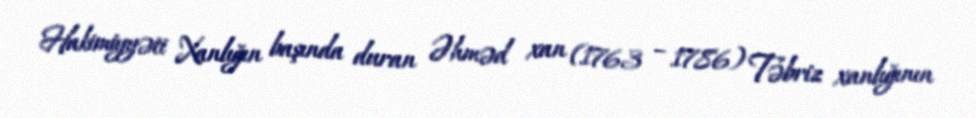
Hakimiyyəti Xanlığın başında duran Əhməd xan (1763 – 1786) Təbriz xanlığının